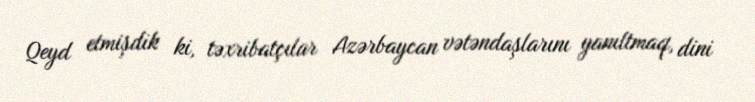
Qeyd etmişdik ki, təxribatçılar Azərbaycan vətəndaşlarını yanıltmaq, dini